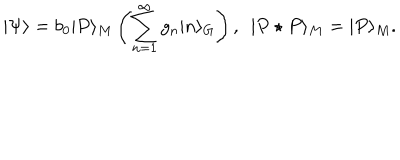
LaTeX: | \Psi \rangle = b _ { 0 } | P \rangle _ { M } \left( \sum _ { n = 1 } ^ { \infty } g _ { n } | n \rangle _ { G } \right) , \ \ | P \star P \rangle _ { M } = | P \rangle _ { M } .